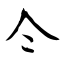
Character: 仒